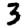
Digit: 3